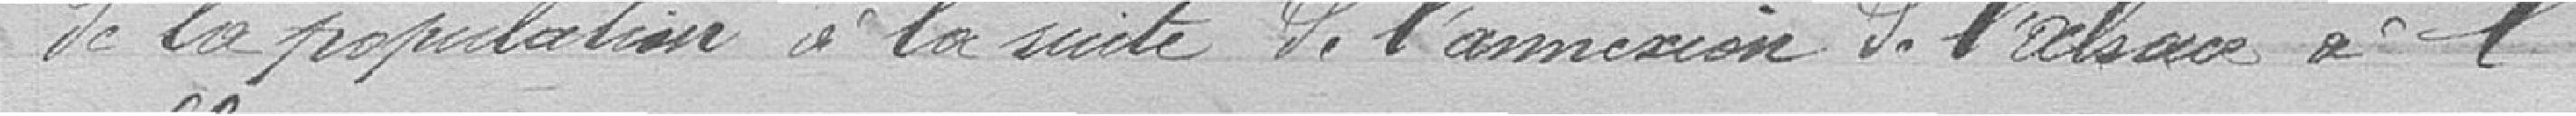
de la population à la suite de l'annexion de l'Alsace à l'